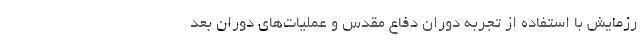
رزمایش با استفاده از تجربه دوران دفاع مقدس و عملیات‌های دوران بعد